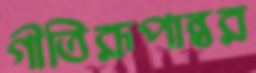
গীতিরূপান্তর